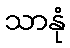
သာနုံ